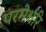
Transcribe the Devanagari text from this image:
परमेश्वरि